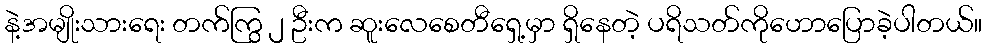
နဲ့အမျိုးသားရေး တက်ကြွ ၂ ဦးက ဆူးလေစေတီရှေ့မှာ ရှိနေတဲ့ ပရိသတ်ကိုဟောပြောခဲ့ပါတယ်။